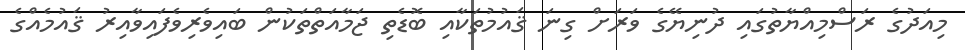
މިއަދުގެ ރަސްމިއްޔާތުގައި ދުނިޔޭގެ ވަރަށް ގިނަ ޤައުމުތަކާއި ބޮޑެތި ޖަމާއަތްތަކުން ބައިވެރިވެފައިވާއިރު ޤައުމެއްގެ